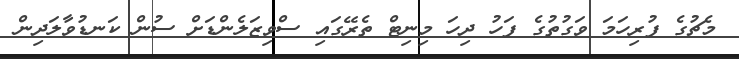
މެޗުގެ ފުރިހަމަ ވަގުތުގެ ފަހު ދިހަ މިނިޓް ތެރޭގައި ސްވިޒަލެންޑަށް ސުން ކަނޑުވާލަދިން